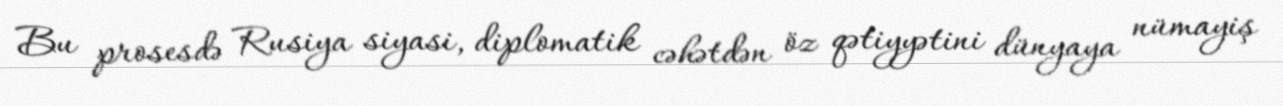
Bu prosesdə Rusiya siyasi, diplomatik cəhətdən öz qətiyyətini dünyaya nümayiş